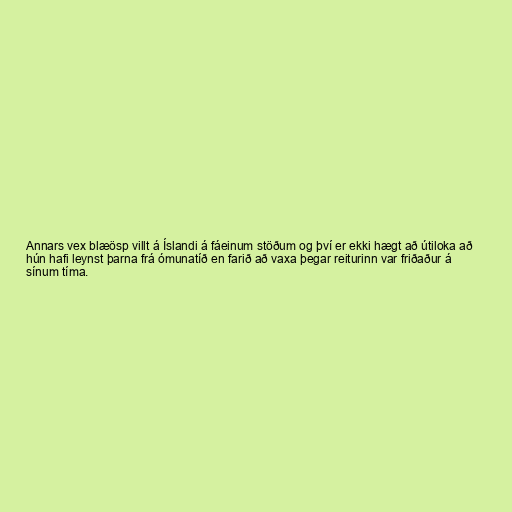
Annars vex blæösp villt á Íslandi á fáeinum stöðum og því er ekki hægt að útiloka að
hún hafi leynst þarna frá ómunatíð en farið að vaxa þegar reiturinn var friðaður á
sínum tíma.